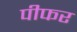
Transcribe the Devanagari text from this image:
पीफर